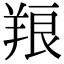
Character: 羪